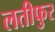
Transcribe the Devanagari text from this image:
लतीफुर